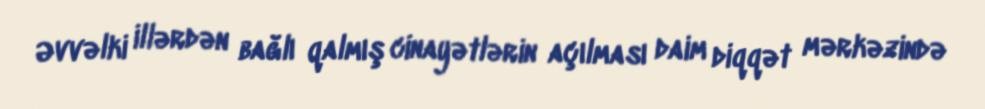
Əvvəlki illərdən bağlı qalmış cinayətlərin açılması daim diqqət mərkəzində